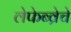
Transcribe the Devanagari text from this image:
लेफेब्व्रेचे